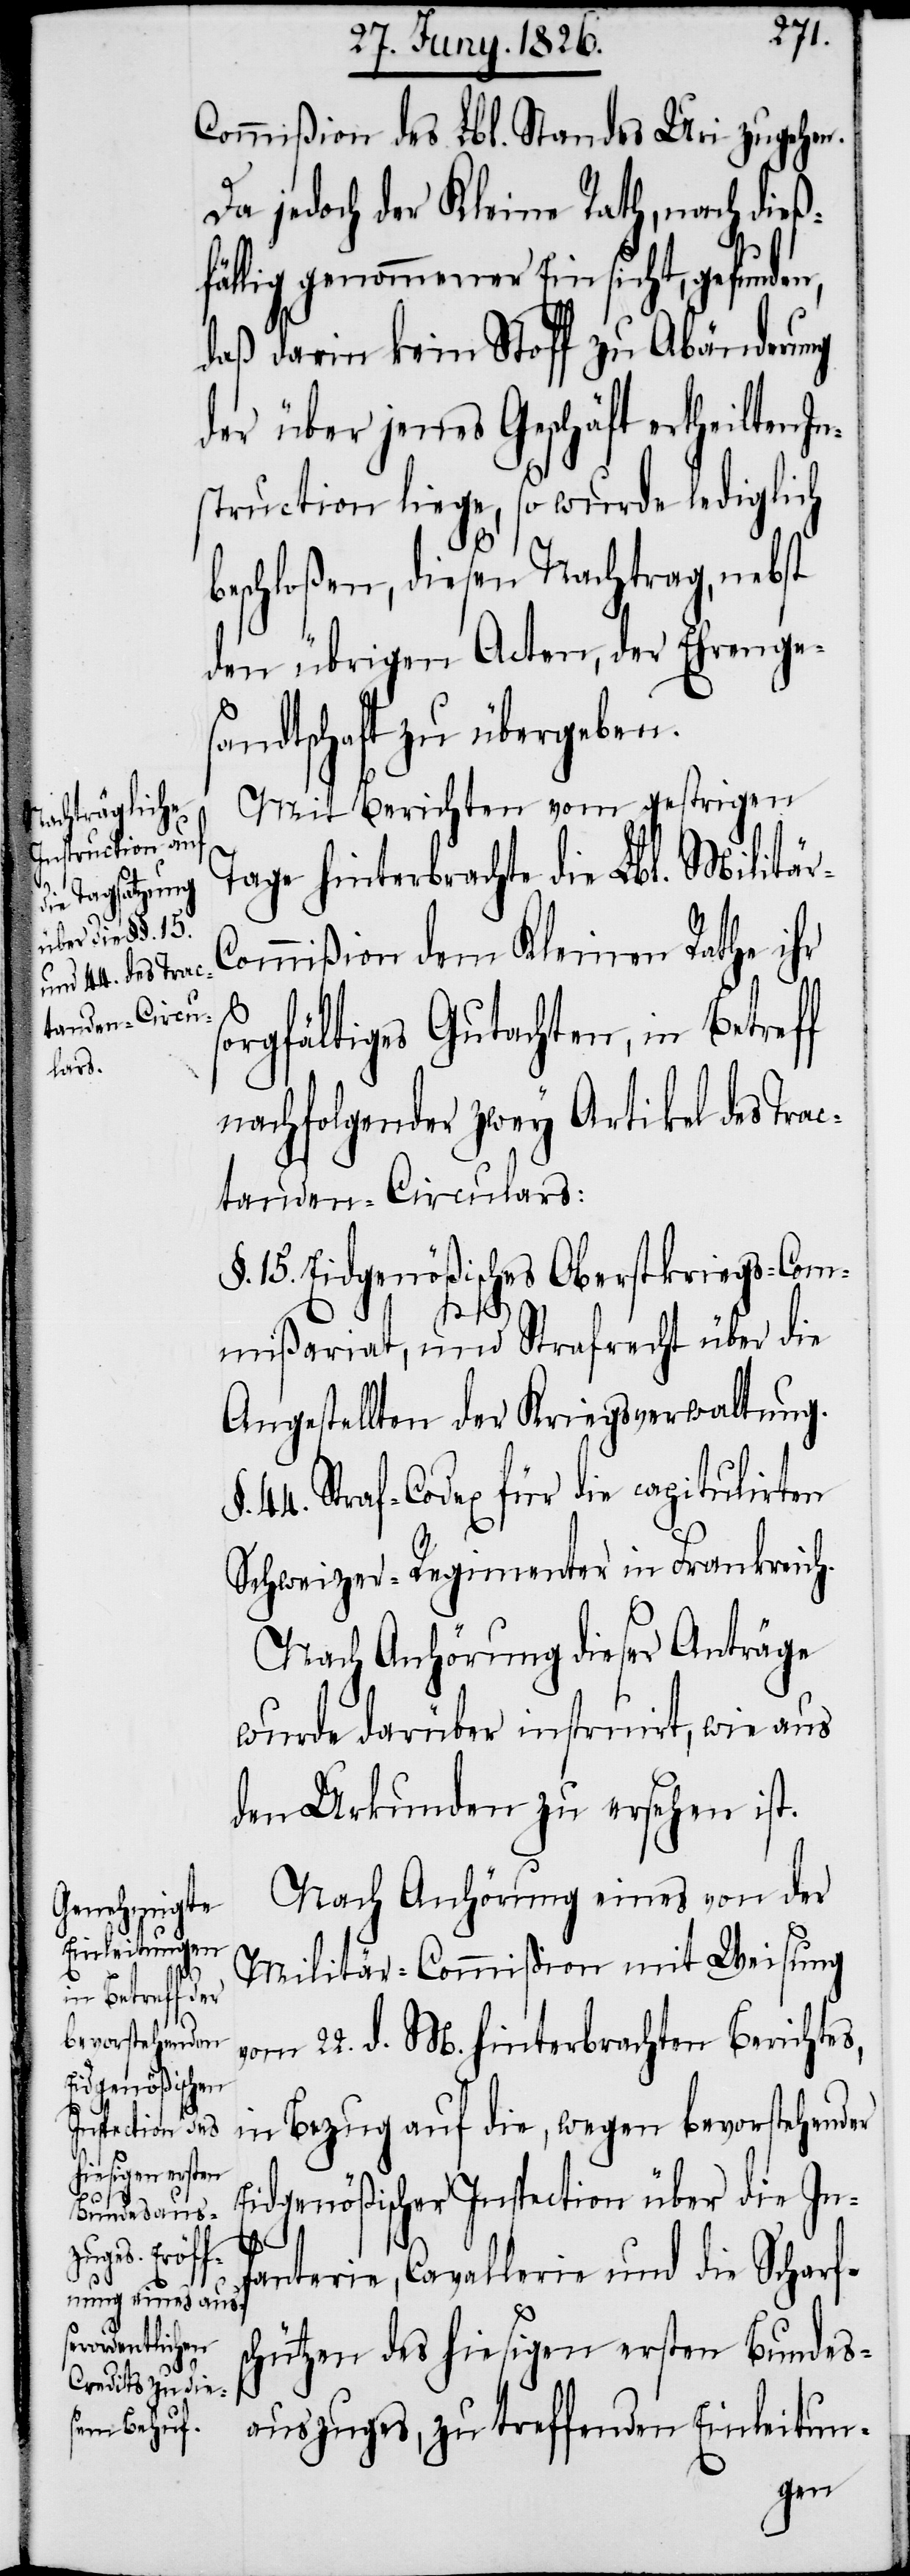
Commißion des Lbl. Standes Uri zugehen.
Da jedoch der Kleine Rath, nach dieß¬
fällig genommener Einsicht, gefunde¬
daß darin kein Stoff zu Abänderung
der über jenes Geschäft ertheilten
struction liege, so wurde lediglich
beschloßen, diesen Nachtrag, nebst
den übrigen Acten, der Ehrenge¬
sandtschaft zu übergeben.
Mit Berichten vom gestrigen
Tage hinterbrachte die Lbl. Militä¬
ommißion dem Kleinen Rathe ihr
n,
sorgfältiges Gutachten, in Betreff
nachfolgender zwey Artikel des Tra¬
ctanden-Circulars:
§. 15. Eidgenößisches Oberstkriegs-Com¬
mißariat, und Strafrecht über die
Angestellten der Kriegsverwaltung.
44. Straf-Codex für die capitulirten
Schweizer-Regimenter in Frankreich.
Nach Anhörung dieser Anträge
wurde darüber instruirt, wie aus
den Urkunden zu ersehen ist.
Nach Anhörung eines von der
Militär-Commißion mit Weisung
vom 22. d. M. hinterbrachten Berichtes,
in Bezug auf die, wegen bevorstehender
Eidgenößischer Inspection über die Inf¬
r-C¬
anterie, Cavallerie und die Scharf¬
schützen des hiesigen ersten Bundes¬
auszuges, zu treffenden Einleitun-